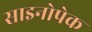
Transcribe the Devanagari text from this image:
साइनोपेक